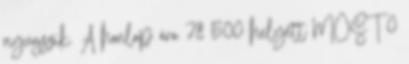
nyugszik. A honlap ára 78 500 helyett MOST 0